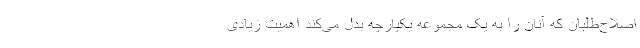
اصلاح‌طلبان که آنان را به یک مجموعه یکپارچه بدل می‌کند اهمیت زیادی